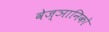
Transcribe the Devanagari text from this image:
वेज्ञानिको